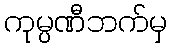
ကုမ္ပဏီဘက်မှ